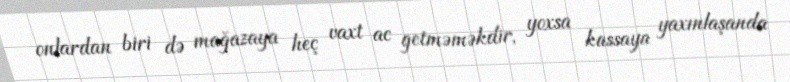
onlardan biri də mağazaya heç vaxt ac getməməkdir, yoxsa kassaya yaxınlaşanda